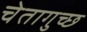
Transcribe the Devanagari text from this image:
चेतागुच्छ